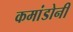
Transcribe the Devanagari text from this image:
कमांडोनी